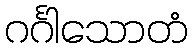
ဂင်္ဂါသောတံ